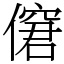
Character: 僒